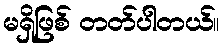
မရှိဖြစ် တတ်ပါတယ်။